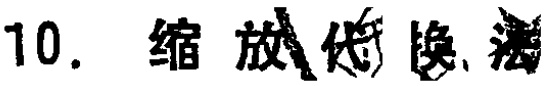
10. 缩放  代换法